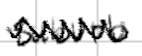
Text: suburb
Cross-out: zig-zag
Writing tool: digital_black